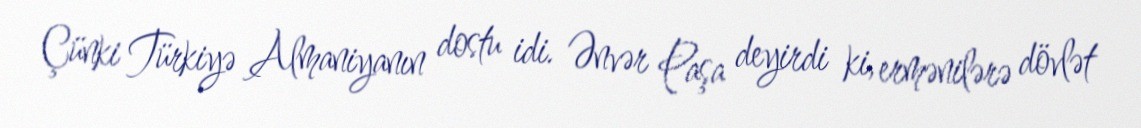
Çünki Türkiyə Almaniyanın dostu idi. Ənvər Paşa deyirdi ki, ermənilərə dövlət